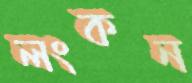
লংকন